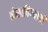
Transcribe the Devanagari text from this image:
बोलाविण्याची